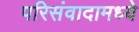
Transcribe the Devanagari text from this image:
परिसंवादामध्ये